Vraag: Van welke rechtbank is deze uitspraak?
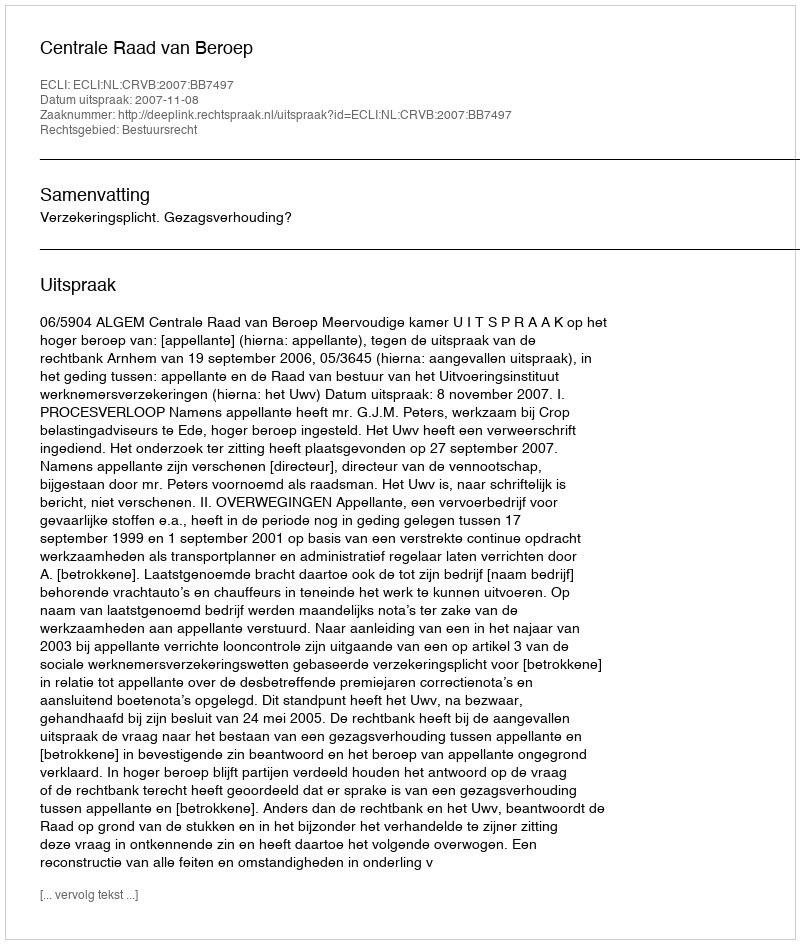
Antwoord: Centrale Raad van Beroep